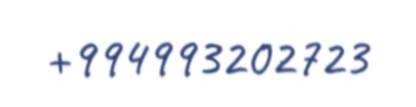
+994993202723